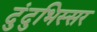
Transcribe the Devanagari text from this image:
दुंदुभिस्सर